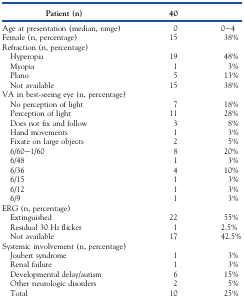
| Patient (n) | 40 |  |
 | --- | --- | --- |
 | Age at presentation (median, range) | 0 | 0–4 |
 | Female (n, percentage) | 15 | 38% |
 | Refraction (n, percentage) |  |  |
 | Hyperopia | 19 | 48% |
 | Myopia | 1 | 3% |
 | Plano | 5 | 13% |
 | Not available | 15 | 38% |
 | VA in best-seeing eye (n, percentage) |  |  |
 | No perception of light | 7 | 18% |
 | Perception of light | 11 | 28% |
 | Does not fix and follow | 3 | 8% |
 | Hand movements | 1 | 3% |
 | Fixate on large objects | 2 | 5% |
 | 6/60–1/60 | 8 | 20% |
 | 6/48 | 1 | 3% |
 | 6/36 | 4 | 10% |
 | 6/15 | 1 | 3% |
 | 6/12 | 1 | 3% |
 | 6/9 | 1 | 3% |
 | ERG (n, percentage) |  |  |
 | Extinguished | 22 | 55% |
 | Residual 30 Hz flicker | 1 | 2.5% |
 | Not available | 17 | 42.5% |
 | Systemic involvement (n, percentage) |  |  |
 | Joubert syndrome | 1 | 3% |
 | Renal failure | 1 | 3% |
 | Developmental delay/autism | 6 | 15% |
 | Other neurologic disorders | 2 | 5% |
 | Total | 10 | 25% |